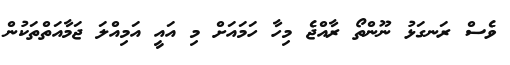
ވެސް ރަނގަޅު ނޫންތޯ ރާއްޖެ މިހާ ހަމައަށް މި އައީ އަމިއްލަ ޖަމާއަތްތަކުން